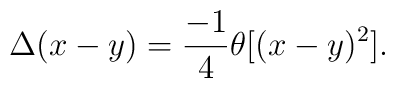
\Delta (x-y)=\frac{-1}{4}\theta [(x-y)^2].